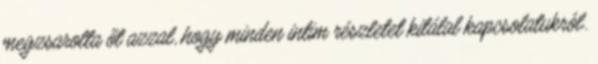
megzsarolta őt azzal, hogy minden intim részletet kitálal kapcsolatukról.